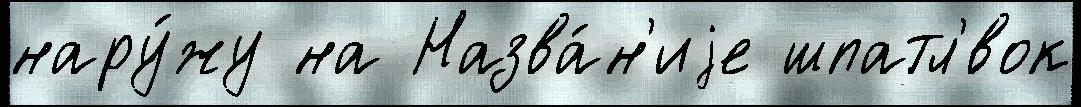
нару́жу на Назва́н'иjе шпатл'́вок